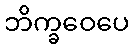
ဘိက္ခဝေပေ